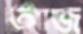
আজ